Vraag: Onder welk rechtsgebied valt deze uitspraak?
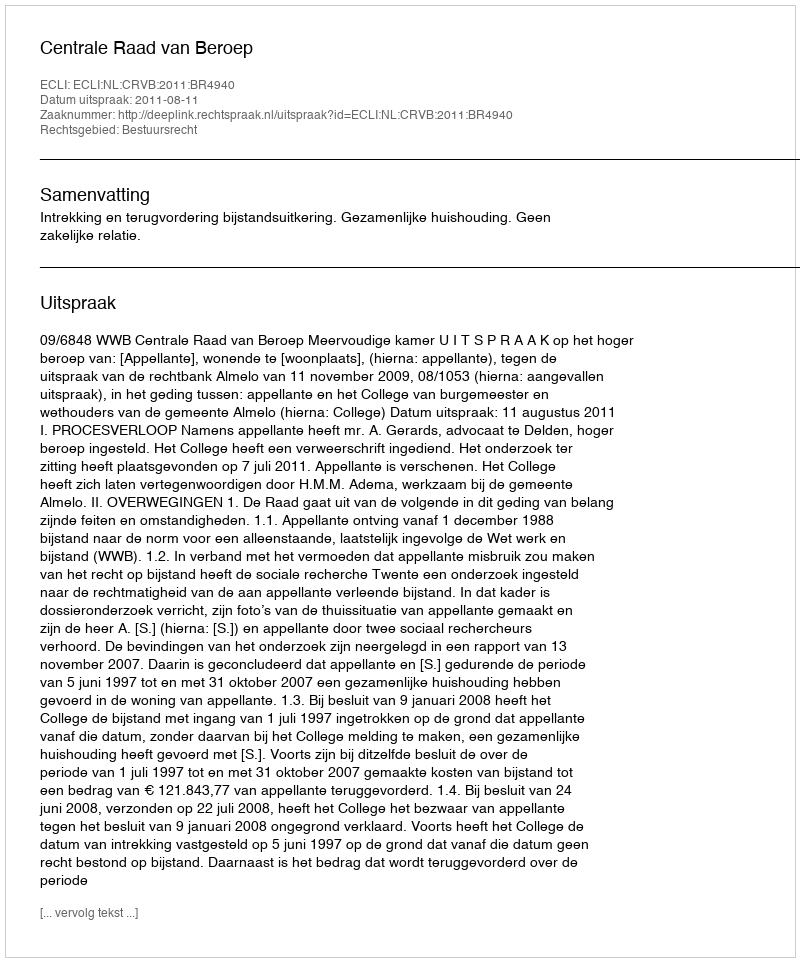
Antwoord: Bestuursrecht